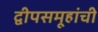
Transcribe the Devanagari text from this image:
द्वीपसमूहांची